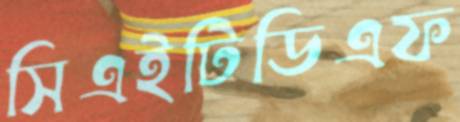
সিএইটিডিএফ